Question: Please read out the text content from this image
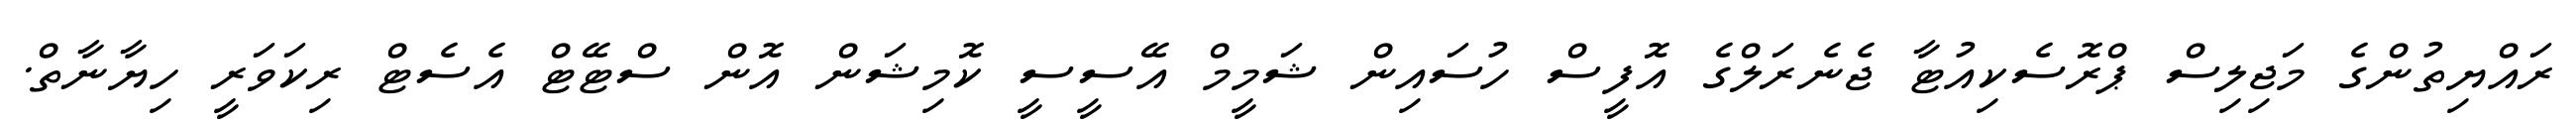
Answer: ރައްޔިތުންގެ މަޖިލިސް ޕްރޮސެކިއުޓާ ޖެނެރަލްގެ އޮފީސް ހުސައިން ޝަމީމް އޭސީސީ ކޮމިޝަން އޮން ސްޓޭޓް އެސެޓް ރިކަވަރީ ހިޔާނާތް.